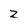
Character: z